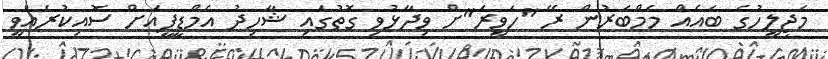
މަޖިލީހުގެ ބައެއް މެމްބަރުން ރޭ "ހަވީރަ"ށް ވިދާޅުވި ގޮތުގައި ޝާހިދު އެމްޑީޕީއަށް ސޮއިކުރެއްވީ